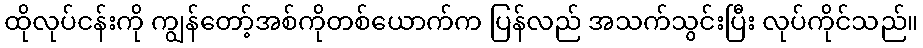
ထိုလုပ်ငန်းကို ကျွန်တော့်အစ်ကိုတစ်ယောက်က ပြန်လည် အသက်သွင်းပြီး လုပ်ကိုင်သည်။